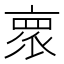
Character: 𬽕